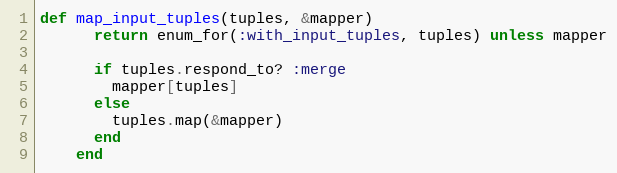
Language: Ruby
def map_input_tuples(tuples, &mapper)
      return enum_for(:with_input_tuples, tuples) unless mapper

      if tuples.respond_to? :merge
        mapper[tuples]
      else
        tuples.map(&mapper)
      end
    end